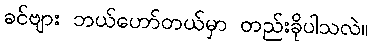
ခင်ဗျား ဘယ်ဟော်တယ်မှာ တည်းခိုပါသလဲ။